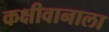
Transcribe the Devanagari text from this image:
कक्षीवानाला